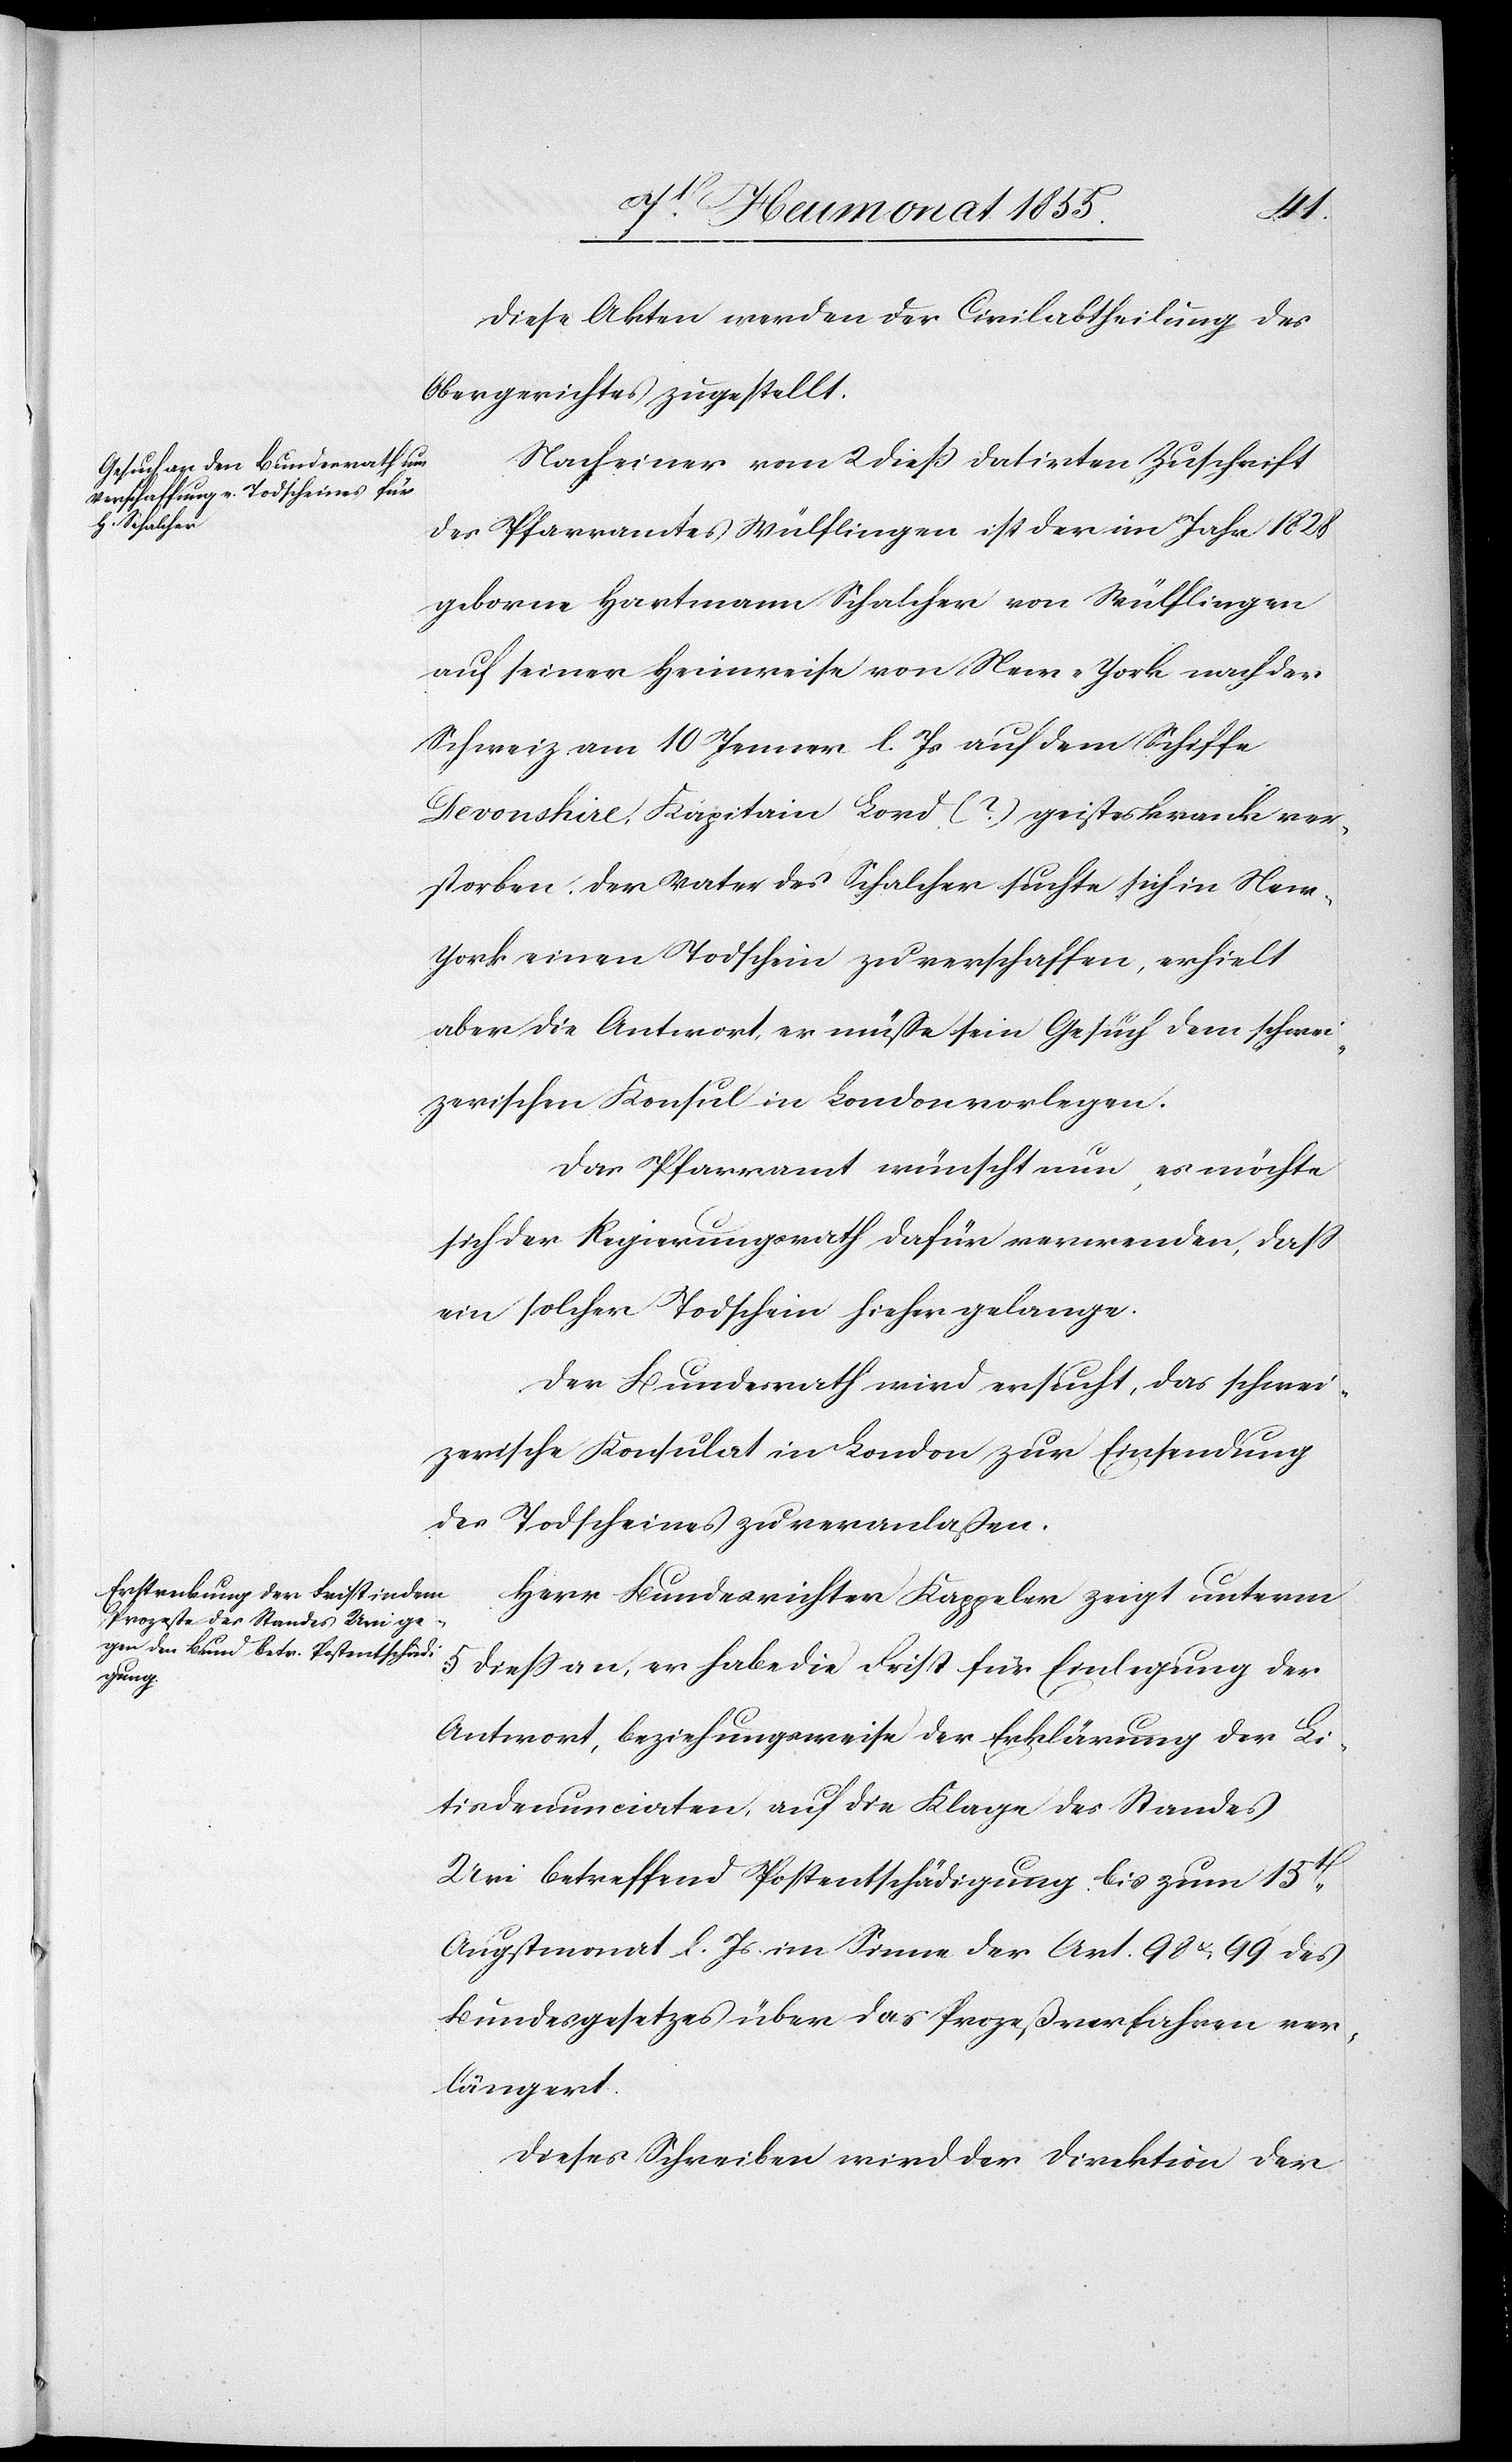
Diese Akten werden der Civilabtheilung des
Obergerichtes zugestellt.
Nach einer vom 2 diess datirten Zuschrift
des Pfarramtes Wülflingen ist der im Jahr 1828
geborne Hartmann Schalcher von Wülflingen
auf seiner Heimreise von New-York nach der
Schweiz am 10 Jenner l. Js auf dem Schiffe
Devonshire, Kapitain Lord (?) geisteskrank ver¬
storben, der Vater des Schalcher suchte sich in New-Y¬
ork einen Todschein zu verschaffen, erhielt
aber die Antwort, er müsse sein Gesuch dem schwei¬
zerischen Konsul in London vorlegen.
Das Pfarramt wünscht nun, es möchte
sich der Regierungsrath dafür verwenden, dass
ein solcher Todschein hieher gelange.
Der Bundesrath wird ersucht, das schwei¬
zerische Konsulat in London zur Einsendung
des Todscheines zu veranlaßen.
Herr Bundesrichter Kappeler zeigt unterm
5 diess an, er habe die Frist für Einlegung der
Antwort, beziehungsweise der Erklärung der Li¬
tisdenunciaten, auf die Klage des Standes
Uri betreffend Postentschädigung bis zum 15t[en]
Augstmonat l. Js. im Sinne der Art. 98 & 99 des
Bundesgesetzes über das Prozeßverfahren ver¬
längert.
Dieses Schreiben wird der Direktion der